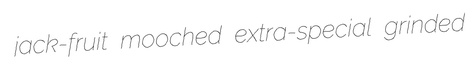
jack-fruit mooched extra-special grinded